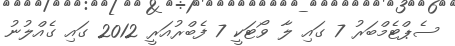
ސެޕްޓެމްބަރު 7 ގައި ލާ ވޯޓަކީ 7 ފެބްރުއަރީ 2012 ގައި ގެއްލުނު